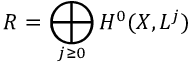
R = \bigoplus _ { j \geq 0 } H ^ { 0 } ( X , L ^ { j } )